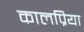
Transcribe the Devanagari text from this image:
कालप्रिया